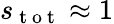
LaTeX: s_{\mathrm{~t~o~t~}}\approx 1